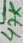
Text: 47K